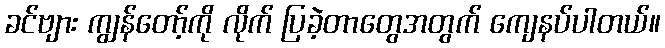
ခင်ဗျား ကျွန်တော့်ကို လိုက် ပြခဲ့တာတွေအတွက် ကျေနပ်ပါတယ်။